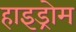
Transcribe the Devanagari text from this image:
हाइड्रोम